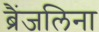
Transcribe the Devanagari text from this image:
ब्रैंजलिना